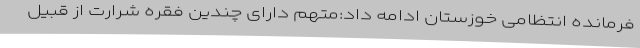
فرمانده انتظامی خوزستان ادامه داد:متهم دارای چندین فقره شرارت از قبیل